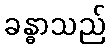
ခန္ဓာသည်